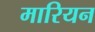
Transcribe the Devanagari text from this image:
मारियन